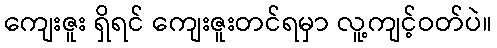
ကျေးဇူး ရှိရင် ကျေးဇူးတင်ရမှာ လူ့ကျင့်ဝတ်ပဲ။